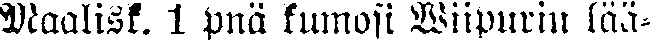
Maalisk. 1 pnä kumosi Viipurin lää-